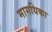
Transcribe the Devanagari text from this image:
मागधिका